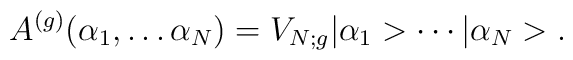
A^{(g)}(\alpha _1,\ldots \alpha_N)=V_{N;g}|\alpha_1> \cdots|\alpha_N> .